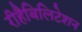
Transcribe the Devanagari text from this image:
रीहैबिलिटेशन